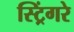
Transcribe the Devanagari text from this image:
स्ट्रिंगरे